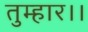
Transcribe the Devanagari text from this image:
तुम्‍हार।।